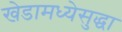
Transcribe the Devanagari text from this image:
खेडामध्येसुद्धा